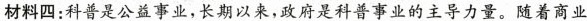
材料四：科普是公益事业，长期以来，政府是科普事业的主导力量。随着商业